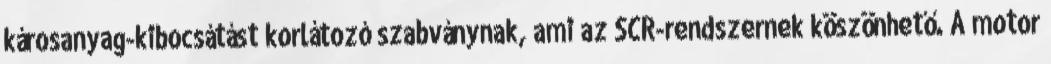
károsanyag-kibocsátást korlátozó szabványnak, ami az SCR-rendszernek köszönhető. A motor